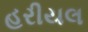
હરીયલ